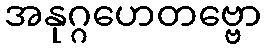
အနုဂ္ဂဟေတဗ္ဗော